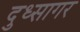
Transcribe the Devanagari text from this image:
दुध्सागर